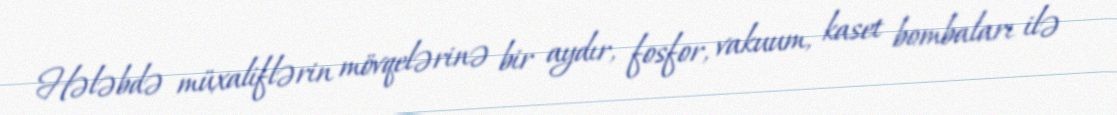
Hələbdə müxaliflərin mövqelərinə bir aydır, fosfor, vakuum, kaset bombaları ilə